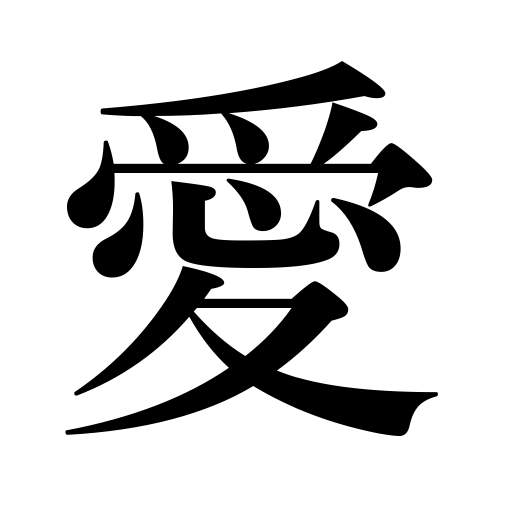
Meanings: favorite,affection,love